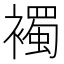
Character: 襡